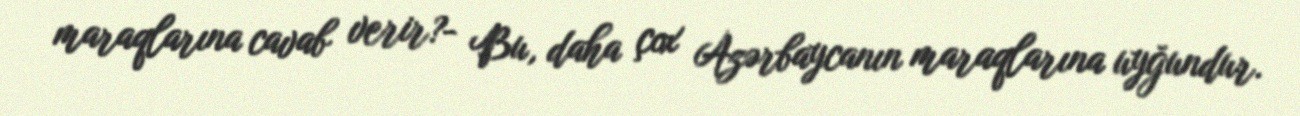
maraqlarına cavab verir?- Bu, daha çox Azərbaycanın maraqlarına uyğundur.